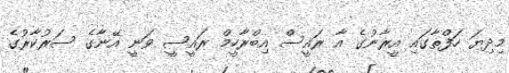
މިދިޔަ ހަފްތާގައި އީރާނުގެ އާ ރައީސް އިބްރާހީމް ރައީސީ ވަނީ އޭނާގެ ސަރުކާރުގެ